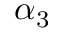
\alpha _ { 3 }